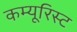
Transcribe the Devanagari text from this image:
कम्यूरिस्ट